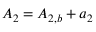
{ A _ { 2 } } = { A _ { 2 , b } } + { a _ { 2 } }